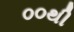
૦૦થી